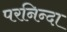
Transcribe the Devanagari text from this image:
परनिन्दा